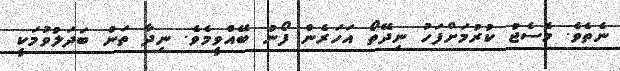
ނެތެވެ. މެސެޖު ކުރުމަށްފަހު ނިދޭތޯ އަހަރެން ފޯނު ބޭއްވީމެވެ. ނިދާ ތަން ބަދަލުވުމަކީ